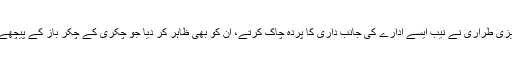
اس تیزی طراری نے نیب ایسے ادارے کی جانب داری کا پردہ چاک کرتے، ان کو بھی ظاہر کر دیا جو چکری کے چکر باز کے پیچھے ہیں۔